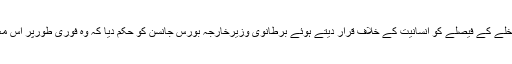
برطانوی وزیراعظم تھریسامے نے 7 مسلم ممالک کے پناہ گزینوں کے امریکا داخلے کے فیصلے کو انسانیت کے خلاف قرار دیتے ہوئے برطانوی وزیرخارجہ بورس جانسن کو حکم دیا کہ وہ فوری طورپر اس معاملے کو امریکی ہم منصب کے سامنے اٹھائیں اور اپنے تحفظات کا اظہار کریں۔